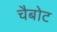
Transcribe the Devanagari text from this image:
चैबोट